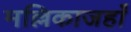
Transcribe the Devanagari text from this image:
मल्लिकाजहाँ